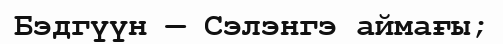
Бэдгүүн — Сэлэнгэ аймағы;